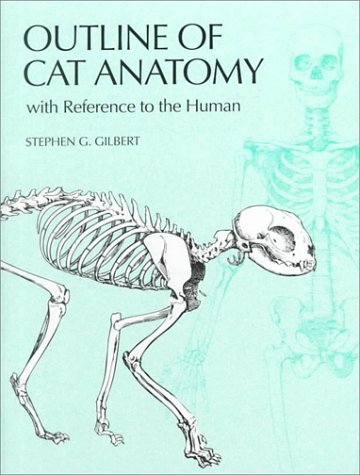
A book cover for Outline of Cat Anatomy with Reference to the Human; Stephen Gilbert; Medical Books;